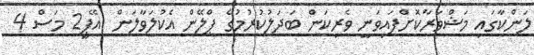
ލަންކާގައި މަޝްވަރާކޮށްފައިވަނީ ވެރިކަން ބަދަލުކުރުމުގެ ޕްލޭން އެކުލަވާލަން  އޭޕީ2 މަސް 4